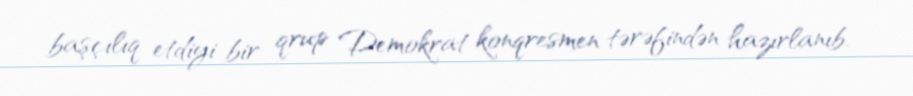
başçılıq etdiyi bir qrup Demokrat konqresmen tərəfindən hazırlanıb.